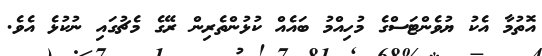
އޮތުމާ އެކު ޔުވެންޓަސްގެ މުހިއްމު ބައެއް ކުޅުންތެރިން ރޭގެ މެޗުގައި ނުކުޅެ އެވެ.